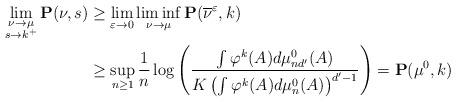
LaTeX: \begin{align*}\lim_{\substack{\nu \to \mu\\ s \to k^+}} \mathbf{P}(\nu,s) &\geq \lim_{\varepsilon \to 0}\liminf_{\nu \to \mu} \mathbf{P}(\overline{\nu}^\varepsilon,k)\\& \geq \sup_{n \geq 1}\frac{1}{n}\log\left(\frac{\int \varphi^k(A)d\mu_{nd'}^{0}(A)}{K\left(\int \varphi^k(A)d\mu_{n}^{0}(A)\right)^{d'-1}}\right)=\mathbf{P}(\mu^0,k)\end{align*}